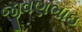
જીવણભાઇ